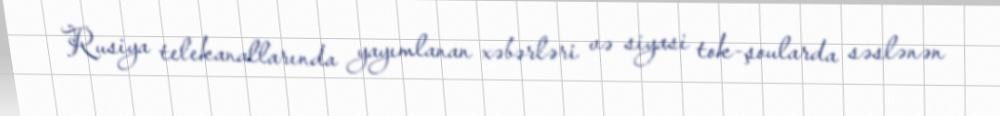
Rusiya telekanallarında yayımlanan xəbərləri və siyasi tok-şoularda səslənən